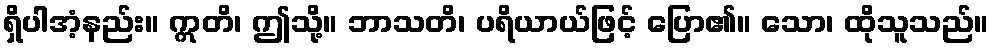
ရှိပါအံ့နည်း။ ဣတိ၊ ဤသို့။ ဘာသတိ၊ ပရိယာယ်ဖြင့် ပြော၏။ သော၊ ထိုသူသည်။